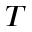
\boldsymbol { T }